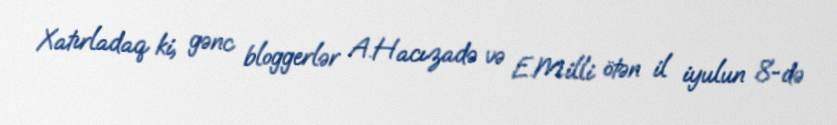
Xatırladaq ki, gənc bloggerlər A.Hacızadə və E.Milli ötən il iyulun 8-də